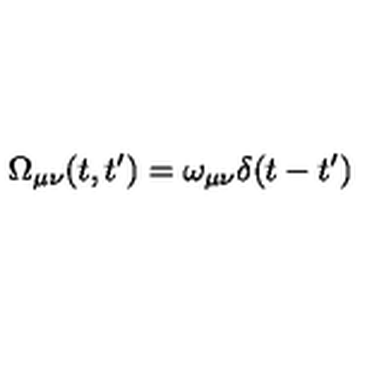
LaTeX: \Omega _ { \mu \nu } ( t , t ^ { \prime } ) = \omega _ { \mu \nu } \delta ( t - t ^ { \prime } )